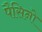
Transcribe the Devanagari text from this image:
पैसिनो